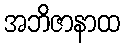
အဘိဇာနာထ